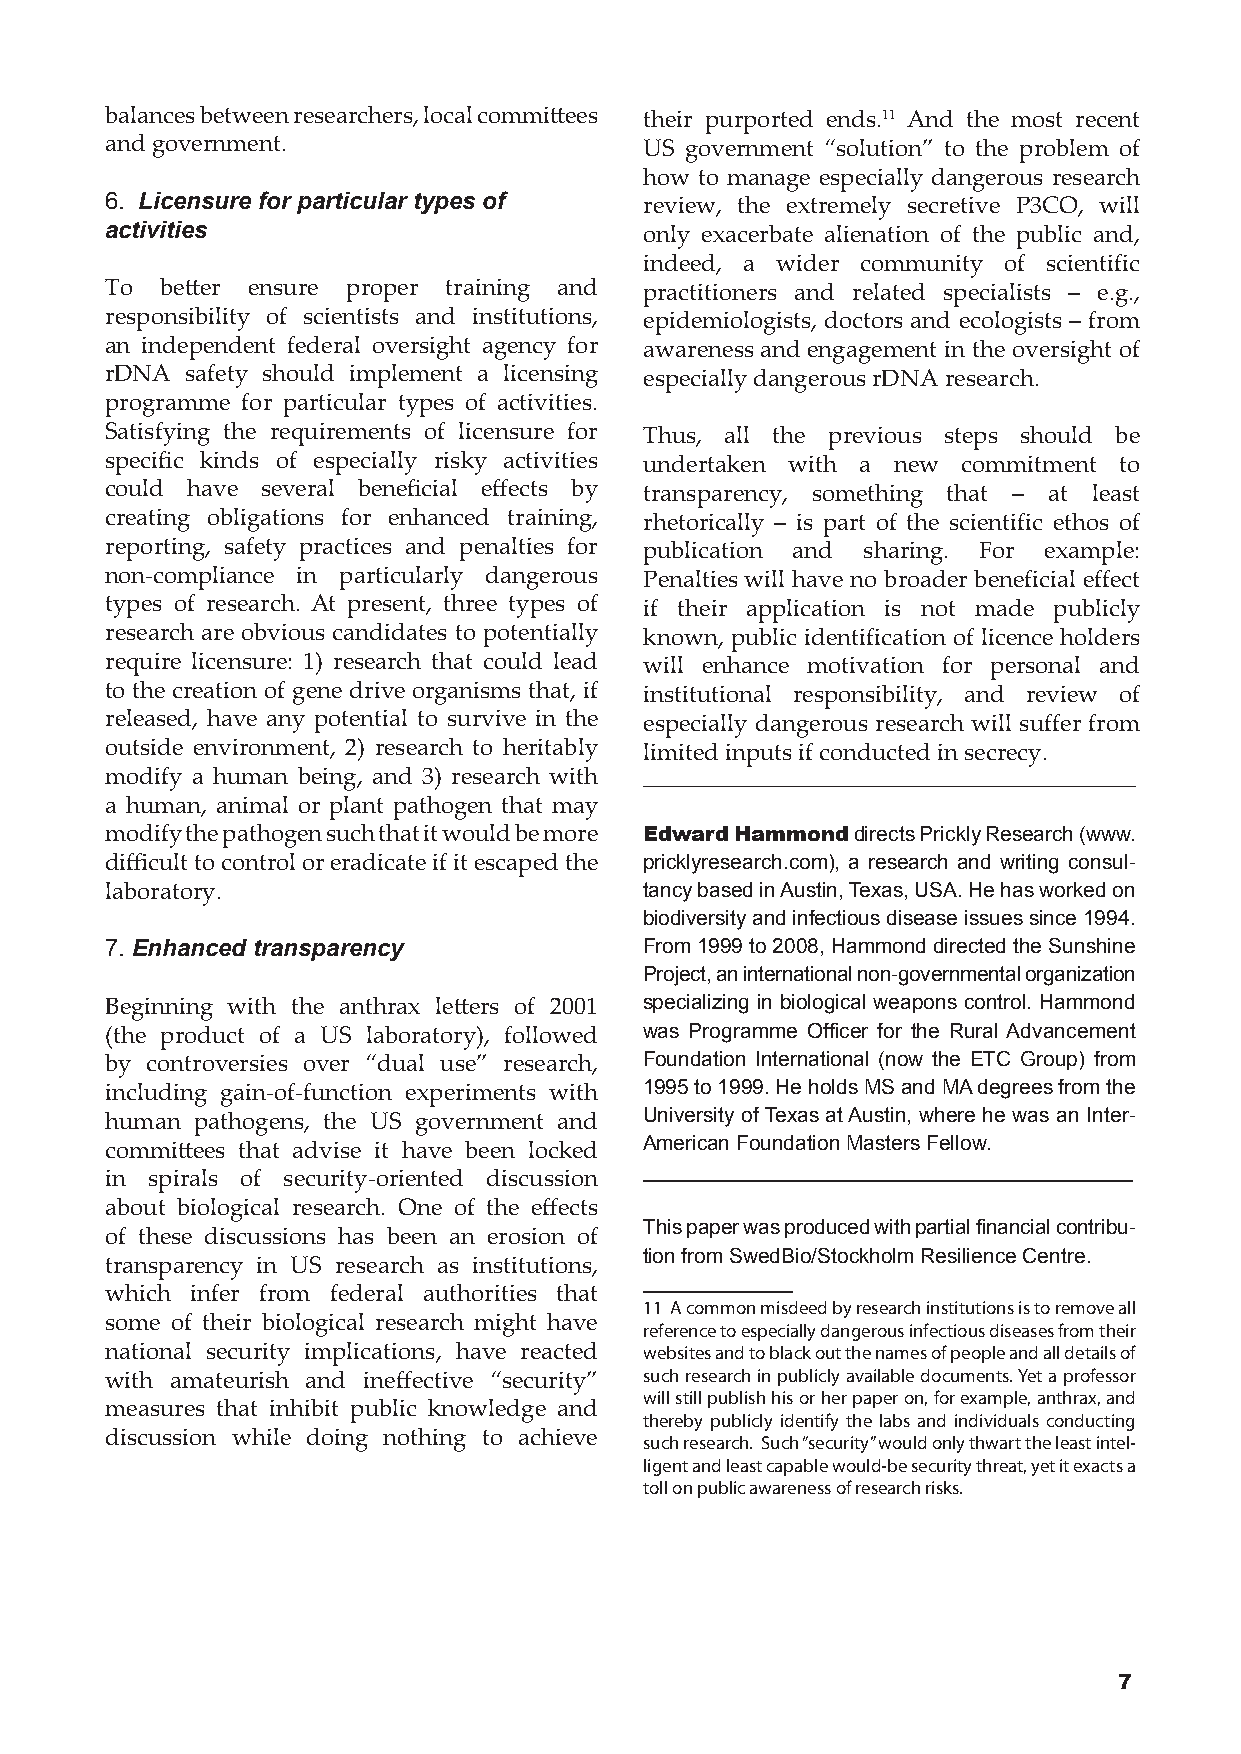
balances between researchers, local committees their purported ends.11 And the most recent
 and government.                     US government “solution” to the problem of
 how to manage especially dangerous research
 6. Licensure for particular types of review, the extremely secretive P3CO, will
 activities                          only exacerbate alienation of the public and,
 indeed, a wider community of scientific
 To  better ensure proper training and practitioners and related specialists – e.g.,
 responsibility of scientists and institutions, epidemiologists, doctors and ecologists – from
 an independent federal oversight agency for awareness and engagement in the oversight of
 rDNA safety should implement a licensing especially dangerous rDNA research.
 programme for particular types of activities.
 Satisfying the requirements of licensure for Thus, all the previous steps should be
 specific kinds of especially risky activities undertaken with a new commitment to
 could have several beneficial effects by transparency, something that – at least
 creating obligations for enhanced training, rhetorically – is part of the scientific ethos of
 reporting, safety practices and penalties for publication and sharing. For example:
 non-compliance in particularly dangerous Penalties will have no broader beneficial effect
 types of research. At present, three types of if their application is not made publicly
 research are obvious candidates to potentially known, public identification of licence holders
 require licensure: 1) research that could lead will enhance motivation for personal and
 to the creation of gene drive organisms that, if institutional responsibility, and review of
 released, have any potential to survive in the especially dangerous research will suffer from
 outside environment, 2) research to heritably limited inputs if conducted in secrecy.
 modify a human being, and 3) research with
 a human, animal or plant pathogen that may
 modify the pathogen such that it would be more Edward Hammond directs Prickly Research (www.
 difficult to control or eradicate if it escaped the pricklyresearch.com), a research and writing consul-
 laboratory.                         tancy based in Austin, Texas, USA. He has worked on
 biodiversity and infectious disease issues since 1994.
 7. Enhanced transparency            From 1999 to 2008, Hammond directed the Sunshine
 Project, an international non-governmental organization
 Beginning with the anthrax letters of 2001 specializing in biological weapons control. Hammond
 (the product of a US laboratory), followed was Programme Officer for the Rural Advancement
 by controversies over “dual use” research, Foundation International (now the ETC Group) from
 including gain-of-function experiments with 1995 to 1999. He holds MS and MA degrees from the
 human pathogens, the US government and University of Texas at Austin, where he was an Inter-
 committees that advise it have been locked American Foundation Masters Fellow.
 in spirals of security-oriented discussion
 about biological research. One of the effects
 This paper was produced with partial financial contribu-
 of these discussions has been an erosion of
 tion from SwedBio/Stockholm Resilience Centre.
 transparency in US research as institutions,
 which infer from federal authorities that
 11 A common misdeed by research institutions is to remove all
 some of their biological research might have
 reference to especially dangerous infectious diseases from their
 national security implications, have reacted websites and to black out the names of people and all details of
 with amateurish and ineffective “security” such research in publicly available documents. Yet a professor
 will still publish his or her paper on, for example, anthrax, and
 measures that inhibit public knowledge and
 thereby publicly identify the labs and individuals conducting
 discussion while doing nothing to achieve
 such research. Such �security� would only thwart the least intel�
 ligent and least capable would�be security threat, yet it exacts a
 toll on public awareness of research risks.
 7